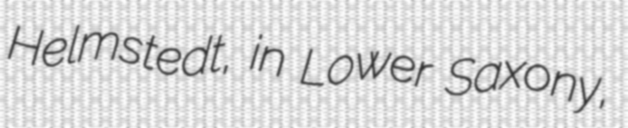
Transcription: Helmstedt, in Lower Saxony,